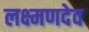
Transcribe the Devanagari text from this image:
लक्ष्‍मणदेव